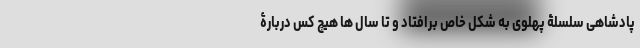
پادشاهی سلسلۀ پهلوی به شکل خاص برافتاد و تا سال ها هیچ کس دربارۀ